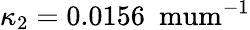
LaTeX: \kappa_{2}=0.0156~\mathrm{\ mum^{-1}}